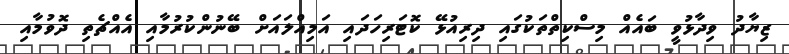
ޒިޔާދު ވިދާޅުވީ ބައެއް މިސްކިތްތަކުގައި ދިރިއުޅޭ ކޮޓަރިހަދައި އަމިއްލައަށް ބޭނުންކުރުމާއި އެއްޗެތި ދޮވުމާއި